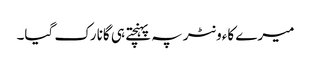
میرے کاءونٹر پہ پہنچتے ہی گانا رک گیا۔